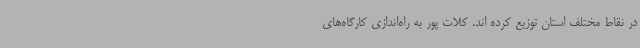
در نقاط مختلف استان توزیع کرده اند. کلات پور به راه‌اندازی کارگاه‌های